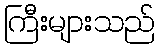
ကြီးများသည်